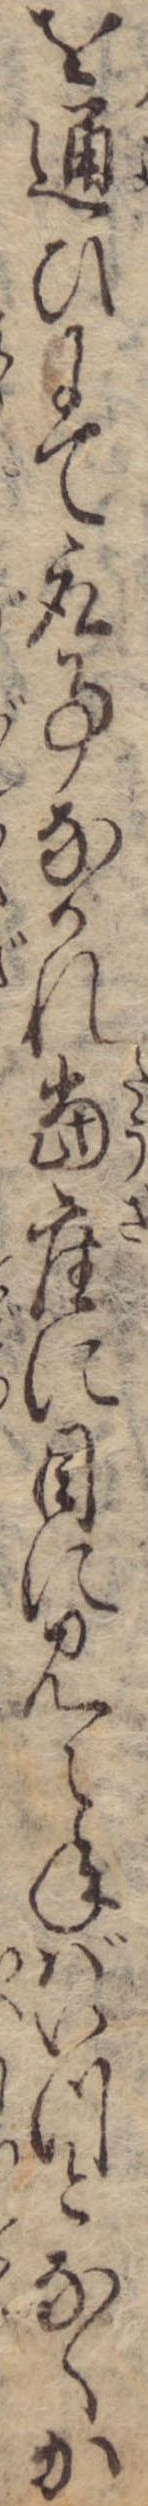
を通ひにて取事なかれ当座に目に見えねばいつとなくか